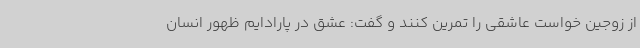
از زوجین خواست عاشقی را تمرین کنند و گفت: عشق در پارادایم ظهور انسان